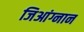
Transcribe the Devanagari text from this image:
जिआंग्नान